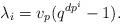
LaTeX: \begin{align*}\lambda_i=v_p(q^{dp^i}-1).\end{align*}